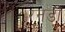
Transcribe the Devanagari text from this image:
रनडी